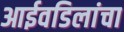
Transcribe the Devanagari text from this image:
आईवडिलांचा